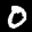
Label: 0